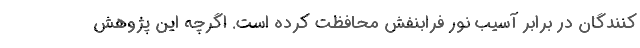
کنندگان در برابر آسیب نور فرابنفش محافظت کرده است. اگرچه این پژوهش